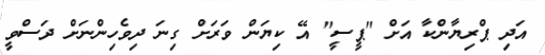
އަދި ޕްރިޔާންކާ އަށް "ޕީސީ" އޭ ކިޔަން ވަރަށް ގިނަ ދިވެހިންނަށް ދަސްވީ